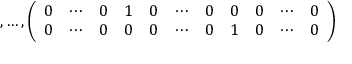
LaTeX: , \ldots , \left( \begin{array} { c c c c c c c c c c c } { { 0 } } & { { \cdots } } & { { 0 } } & { { 1 } } & { { 0 } } & { { \cdots } } & { { 0 } } & { { 0 } } & { { 0 } } & { { \cdots } } & { { 0 } } \\ { { 0 } } & { { \cdots } } & { { 0 } } & { { 0 } } & { { 0 } } & { { \cdots } } & { { 0 } } & { { 1 } } & { { 0 } } & { { \cdots } } & { { 0 } } \end{array} \right)